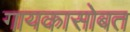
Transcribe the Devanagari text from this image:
गायकासोबत